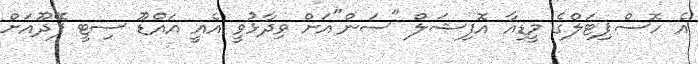
އެ ހޮސްޕިޓަލްގެ މީޑިއާ އޮފިޝަލް "ސަން"އަށް ވިދާޅުވީ އެއީ އައްޑޫ ސިޓީ ފޭދޫއަށް